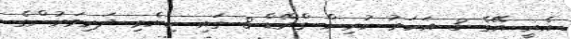
އެއީ އޭގެ 3 އަހަރު ކުރިން ގްރޭޑް 8 ގައި ކިޔެވި ދަރިވަރުންގެ